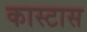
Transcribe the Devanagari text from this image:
कास्टास